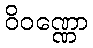
ဝိဝဏ္ဏော